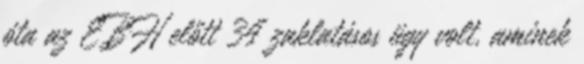
óta az EBH előtt 34 zaklatásos ügy volt, aminek